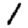
Digit: 1